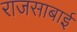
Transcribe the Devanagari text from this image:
राजसाबाई